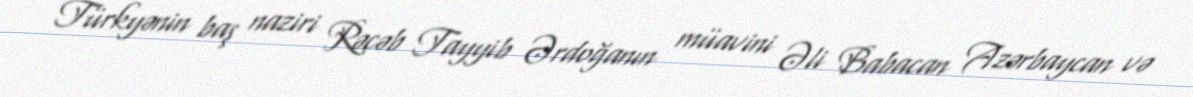
Türkyənin baş naziri Rəcəb Tayyib Ərdoğanın müavini Əli Babacan Azərbaycan və